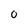
Character: 0